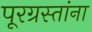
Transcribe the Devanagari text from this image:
पूरग्रस्‍तांना